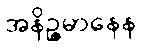
အနိဉ္ဇမာနေန